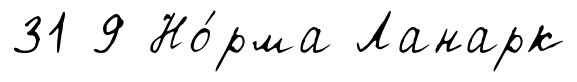
31 9 Но́рма Ланарк